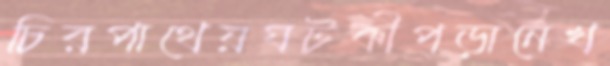
চিরপাথেয়ঘটকীপড়ানেখ